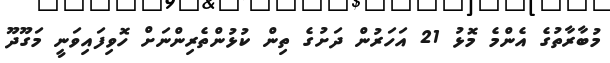
މުބާރާތުގެ އެންމެ މޮޅު 21 އަހަރުން ދަށުގެ ތިން ކުޅުންތެރިންނަށް ހޮވިފައިވަނީ މަގޫދޫ